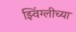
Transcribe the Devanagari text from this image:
झ्विंग्लीच्या